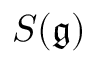
S ( { \mathfrak { g } } )